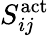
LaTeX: S_{ij}^{\mathrm{act}}